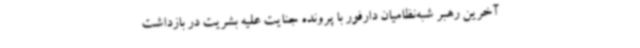
آخرین رهبر شبه‌نظامیان دارفور با پرونده‌ جنایت علیه بشریت در بازداشت